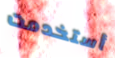
أستخدمت